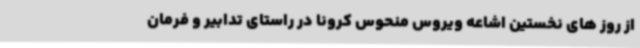
از روز های نخستین اشاعه ویروس منحوس کرونا در راستای تدابیر و فرمان